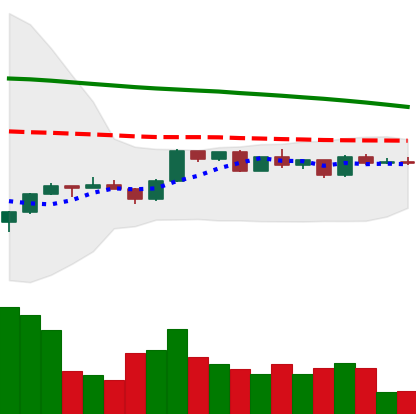
Ticker: ETH-USD
Chart end date: 2022-12-11
Forward return: -7.565%
Label: down_7plus